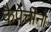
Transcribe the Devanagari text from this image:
कैपेचीनो